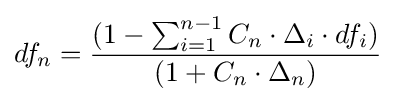
df_{n}={(1-\sum _{i=1}^{n-1}C_{n}\cdot \Delta _{i}\cdot df_{i}) \over (1+C_{n}\cdot \Delta _{n})}